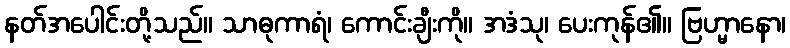
နတ်အပေါင်းတို့သည်။ သာဓုကာရံ၊ ကောင်းချီးကို။ အဒံသု၊ ပေးကုန်၏။ ဗြဟ္မာနော၊